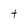
Character: t